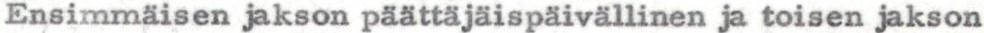
Ensimmäisen jakson päättäjäispäivällinen ja toisen jakson